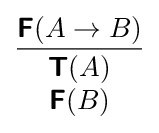
{\frac {{\boldsymbol {\mathsf {F}}}(A\to B)}{\begin{array}{c}{\boldsymbol {\mathsf {T}}}(A)\\{\boldsymbol {\mathsf {F}}}(B)\end{array}}}